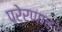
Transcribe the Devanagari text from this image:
प्रेरणाच